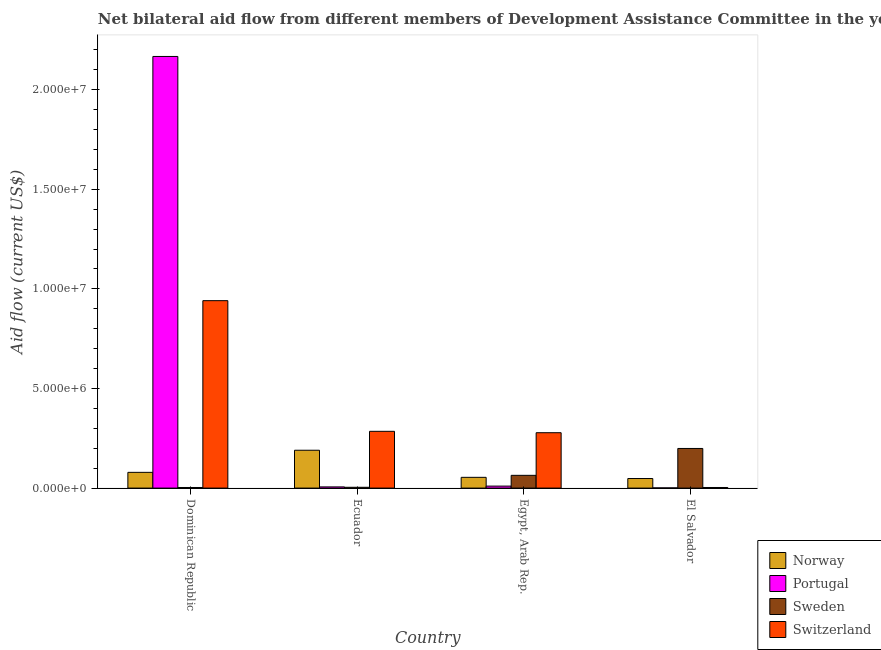
| Country | Norway | Portugal | Sweden | Switzerland |
 | --- | --- | --- | --- | --- |
 | Dominican Republic | 7.9e+05 | 2.17e+07 | 3e+04 | 9.41e+06 |
 | Ecuador | 1.9e+06 | 6e+04 | 4e+04 | 2.85e+06 |
 | Egypt, Arab Rep. | 5.4e+05 | 1e+05 | 6.4e+05 | 2.78e+06 |
 | El Salvador | 4.8e+05 | 1e+04 | 1.99e+06 | 3e+04 |